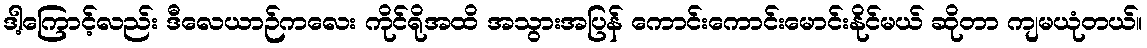
ဒါ့ကြောင့်လည်း ဒီလေယာဉ်ကလေး ကိုင်ရိုအထိ အသွားအပြန် ကောင်းကောင်းမောင်းနိုင်မယ် ဆိုတာ ကျမယုံတယ်။